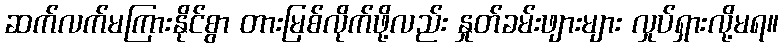
ဆက်လက်မကြားနိုင်စွာ တားမြစ်လိုက်ဖို့လည်း နှုတ်ခမ်းဖျားများ လှုပ်ရှားလို့မရ။